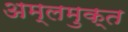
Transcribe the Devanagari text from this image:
अम्लमुक्त